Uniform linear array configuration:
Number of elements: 12
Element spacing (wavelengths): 1
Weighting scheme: binomial
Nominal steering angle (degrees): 60
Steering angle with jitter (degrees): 61.693
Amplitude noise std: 0.05
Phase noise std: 0.05

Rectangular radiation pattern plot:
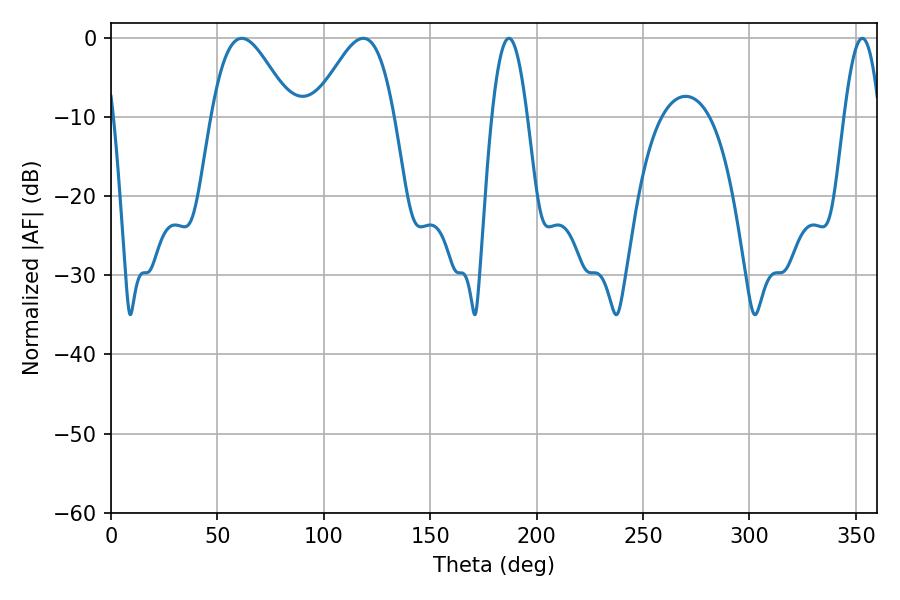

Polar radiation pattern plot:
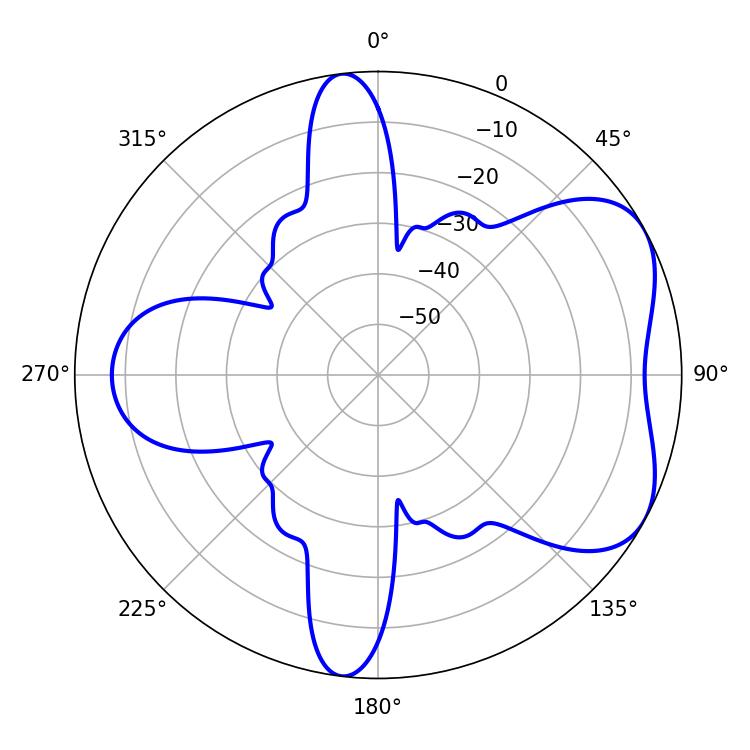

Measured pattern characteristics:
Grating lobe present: TRUE
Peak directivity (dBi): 5.286
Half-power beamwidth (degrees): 19.98
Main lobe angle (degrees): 61.38